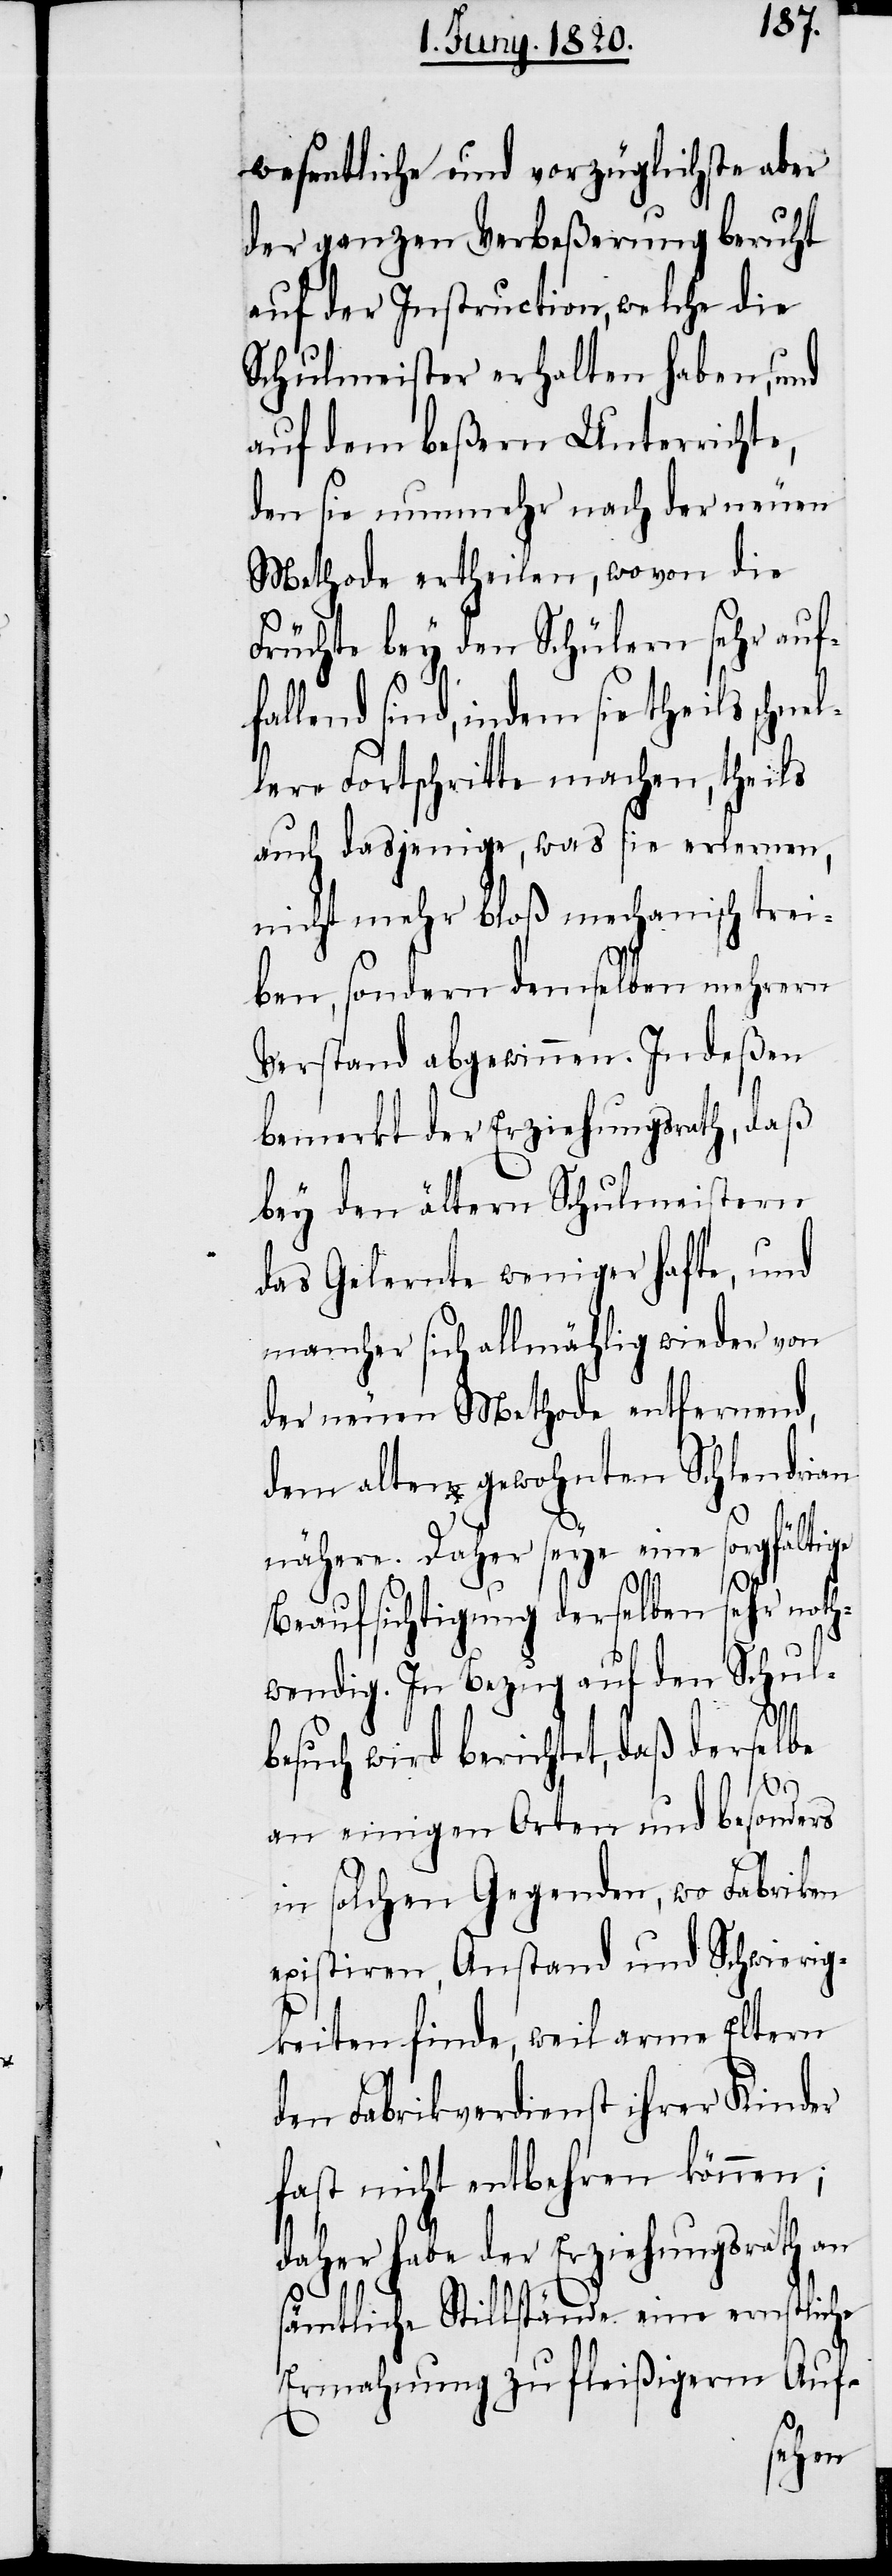
wesentliche und vorzüglichste aber
der ganzen Verbeßerung beruht
auf der Instruction, welche die
Schulmeister erhalten haben, und
auf dem beßern Unterrichte,
den sie nunmehr nach der neuen
Methode ertheilen, wovon die
Früchte bey den Schülern sehr auf¬
fallend sind, indem sie theils schmal¬
ere Fortschritte machen, theils
auch dasjenige, was sie erlernen
nicht mehr bloß mechanisch trei¬
ben, sondern demselben mehrern
Verstand abgewinnen. Indeßen
bemerkt der Erziehungsrath, daß
bey den ältern Schulmeistern
das Gelernte weniger hafte, und
mancher sich allmächtig wieder von
der neuen Methode entfernend,
dem alten, gewohnten Schlendrian
nähere. Daher seye eine sorgfältige
Beaufsichtigung derselben sehr noth¬
wendig. In Bezug auf den Schul¬
besuch wird berichtet, daß derselbe
an einigen Orten und besonders
in solchen Gegenden, wo Fabriken
existiren, Anstand und Schwierig¬
keiten finde, weil arme Eltern
den Fabrikverdienst ihrer Kinder
fast nicht entbehren können;
daher habe der Erziehungsrath an
sämtliche Stillstände eine ernstliche
Ermahnung zu fleißigerm Auf-